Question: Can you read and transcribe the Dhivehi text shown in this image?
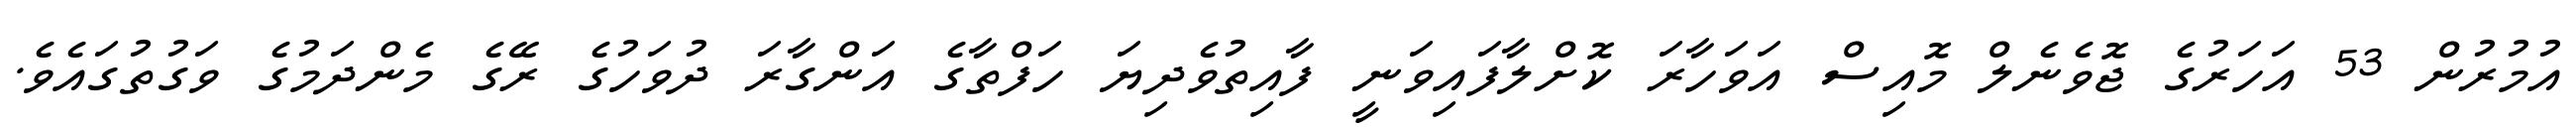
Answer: އުމުރުން 53 އަހަރުގެ ޖޮވެނެލް މޮއިސް އަވަހާރަ ކޮށްލާފައިވަނީ ފާއިތުވެދިޔަ ހަފްތާގެ އަންގާރަ ދުވަހުގެ ރޭގެ މެންދަމުގެ ވަގުތުގައެވެ.